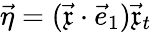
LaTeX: \vec{\eta}=(\vec{\mathfrak{x}}\cdot\vec{e}_{1})\vec{\mathfrak{x}}_{t}